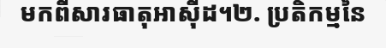
មកពីសារធាតុអាស៊ីដ។២. ប្រតិកម្មនៃ